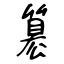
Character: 簒